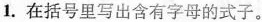
1.在括号里写出含有字母的式子。